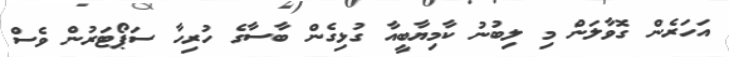
އަހަރެން ގޮވާލަން މި ލިބުނު ކާމިޔާބީއާ ގުޅިގެން ބާސާގެ ހުރިހާ ސަޕޯޓަރުން ވެސް